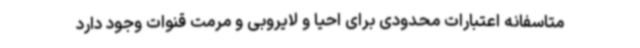
متاسفانه اعتبارات محدودی برای احیا و لایروبی و مرمت قنوات وجود دارد